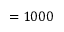
= 1 0 0 0